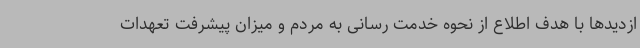
ازدیدها با هدف اطلاع از نحوه خدمت رسانی به مردم و میزان پیشرفت تعهدات